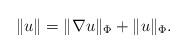
LaTeX: \begin{align*}\Vert u \Vert = \Vert \nabla u \Vert_{\Phi} + \Vert u \Vert_{\Phi}.\end{align*}